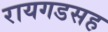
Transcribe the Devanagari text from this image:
रायगडसह